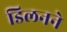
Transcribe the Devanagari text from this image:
डिलनने